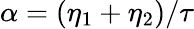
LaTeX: \alpha=(\eta_{1}+\eta_{2})/\tau